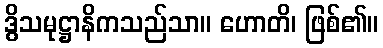
ဒွိသမုဋ္ဌာနိကသည်သာ။ ဟောတိ၊ ဖြစ်၏။